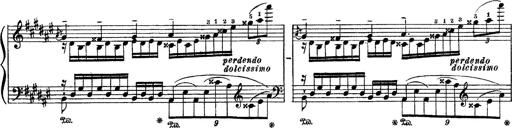
Title: Apparitions
Composer: Franz Liszt